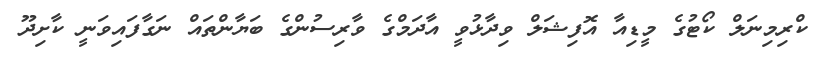
ކްރިމިނަލް ކޯޓުގެ މީޑިއާ އޮފިޝަލް ވިދާޅުވީ އާދަމްގެ ވާރިސުންގެ ބަޔާންތައް ނަގާފައިވަނީ ކާށިދޫ